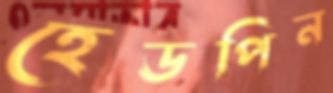
হেডপিন